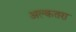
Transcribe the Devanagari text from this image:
अल्कतरा